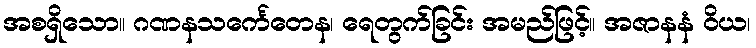
အစရှိသော။ ဂဏနသင်္ကေတေန၊ ရေတွက်ခြင်း အမည်ဖြင့်။ အဇာနနံ ဝိယ၊